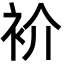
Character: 衸